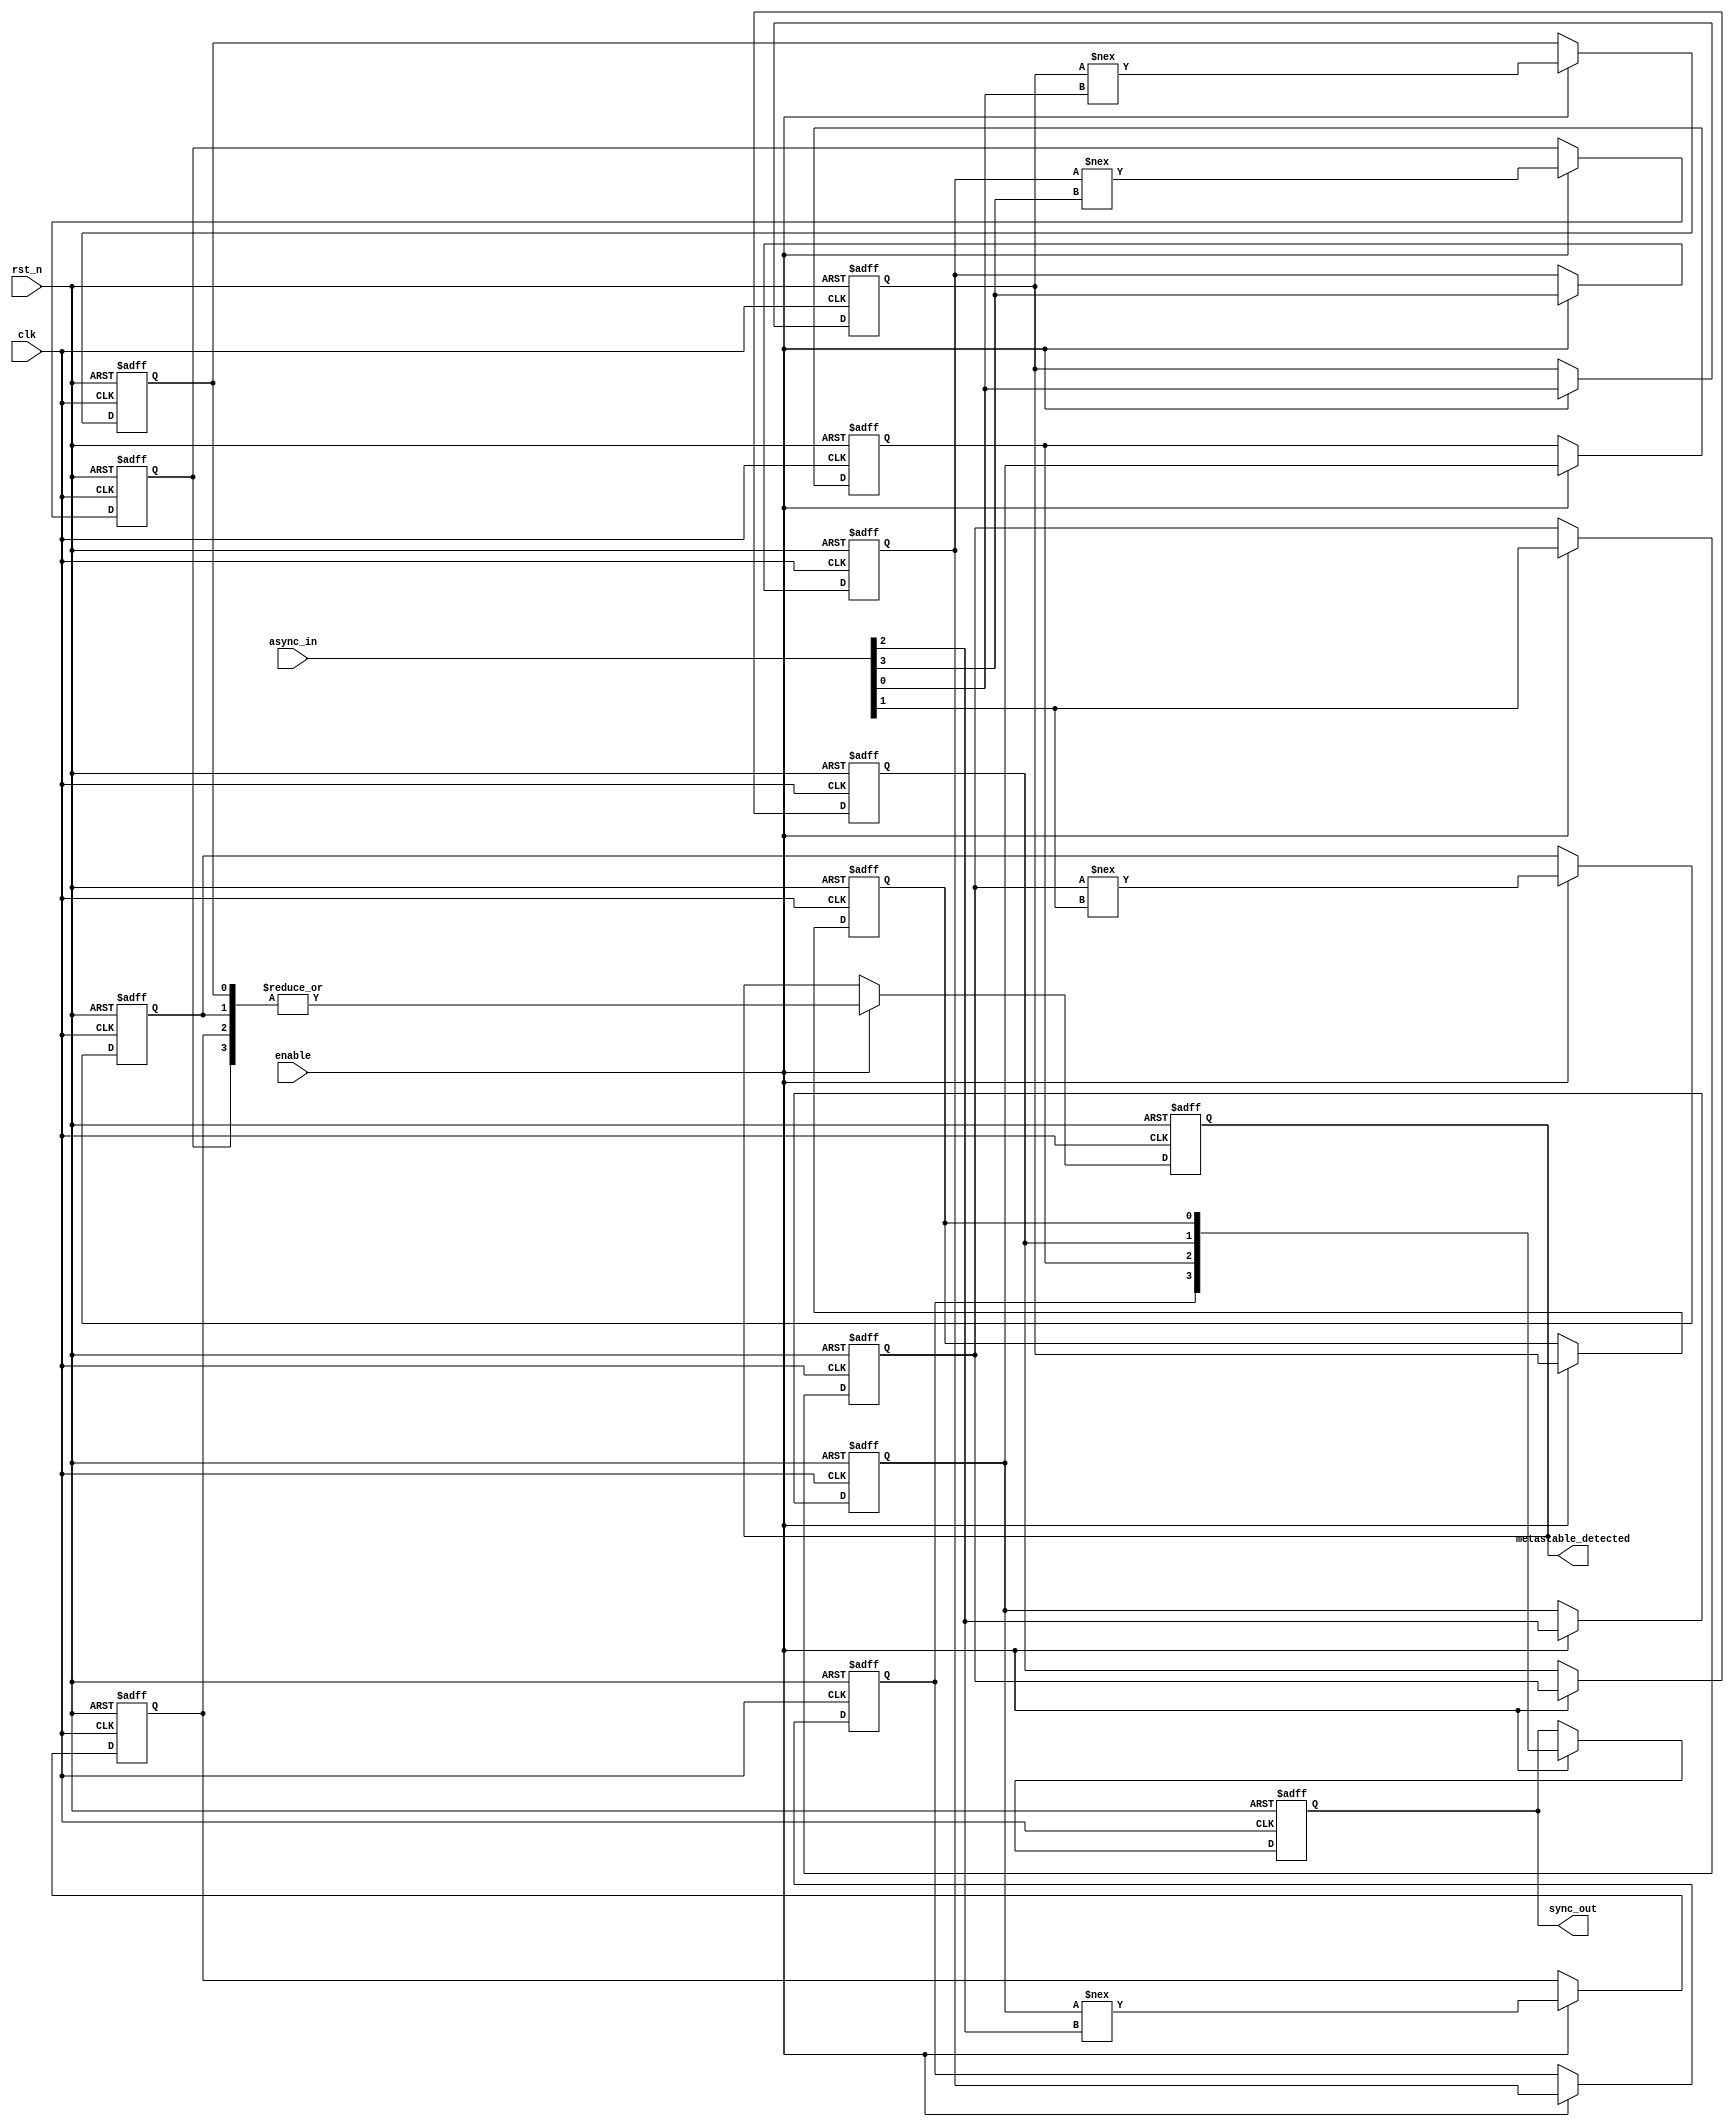
module async_to_sync_converter #(
    parameter NUM_CHANNELS = 4 // Number of asynchronous input channels
)(
    input  wire clk,                       // Synchronous clock signal
    input  wire rst_n,                     // Active low reset
    input  wire [NUM_CHANNELS-1:0] async_in,  // Asynchronous input signals
    input  wire enable,                    // Enable signal for detection
    output reg [NUM_CHANNELS-1:0] sync_out, // Synchronized output signals
    output reg metastable_detected         // Metastability detected indicator
);

    // Internal signals for dual-flop synchronizer
    reg [NUM_CHANNELS-1:0] sync_ff1 [1:0]; // First and second flip-flop outputs
    reg [NUM_CHANNELS-1:0] metastable_flag; // Flag for metastability detection

    // Dual-flop synchronizer
    genvar i;
    generate
        for (i = 0; i < NUM_CHANNELS; i = i + 1) begin : sync_gen
            always @(posedge clk or negedge rst_n) begin
                if (!rst_n) begin
                    sync_ff1[0][i] <= 1'b0;
                    sync_ff1[1][i] <= 1'b0;
                    metastable_flag[i] <= 1'b0;
                end else if (enable) begin
                    sync_ff1[0][i] <= async_in[i];         // First stage
                    sync_ff1[1][i] <= sync_ff1[0][i];     // Second stage
                    // Detect metastability (if the output of the first flip-flop changes in the same clock cycle)
                    metastable_flag[i] <= (sync_ff1[0][i] !== async_in[i]);
                end
            end
        end
    endgenerate

    // Assign synchronized output and metastability detection flag
    always @(posedge clk or negedge rst_n) begin
        if (!rst_n) begin
            sync_out <= {NUM_CHANNELS{1'b0}};
            metastable_detected <= 1'b0;
        end else if (enable) begin
            sync_out <= sync_ff1[1]; // Output the second stage
            metastable_detected <= |metastable_flag; // OR operation for all channels
        end
    end

endmodule